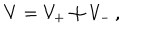
V = V _ { + } \oplus V _ { - } \, ,